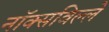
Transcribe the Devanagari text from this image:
नॉक्सविल्ले